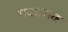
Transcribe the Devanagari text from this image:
गयात्मक